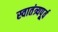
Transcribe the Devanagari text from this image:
स्वातंत्र्यपूूर्व